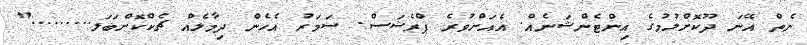
ނެތް އޭނަ ދޫކޮށްލުމުގެ އިންޓެންޝަނެއް. އެއަށްވުރެ ޕްރެޝަސް. ސަމަރު އެހެން ދިމާލެއް ޗެކްކޮށްބަލަ........."